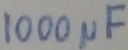
Text: 1000µF